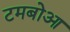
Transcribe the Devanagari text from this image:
टमबोआ